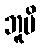
ဘူမိ